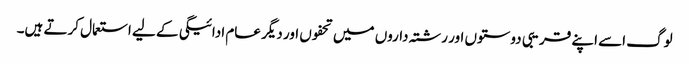
لوگ اسے اپنے قریبی دوستوں اور رشتہ داروں میں تحفوں اور دیگر عام ادائیگی کے لیے استعمال کرتے ہیں۔